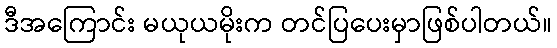
ဒီအကြောင်း မယုယမိုးက တင်ပြပေးမှာဖြစ်ပါတယ်။